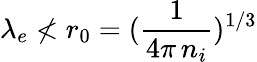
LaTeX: \lambda_{e}\nless r_{0}=(\frac{1}{4\pi\, n_{i}})^{1/3}